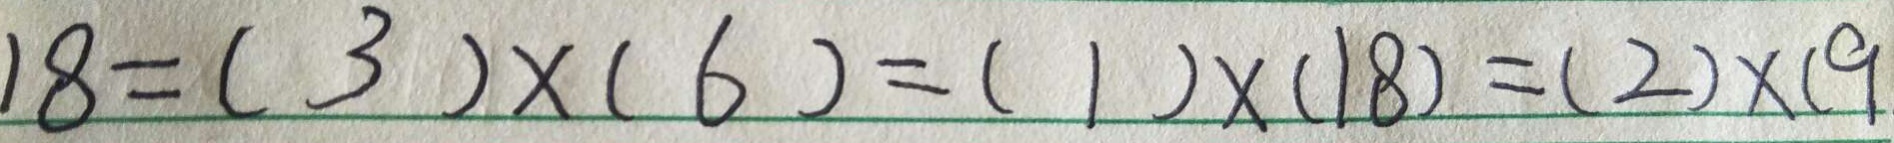
1 8 = ( 3 ) \times ( 6 ) = ( 1 ) \times ( 1 8 ) = ( 2 ) \times ( 9